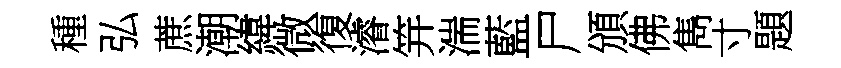
種弘蔗潮緯微復濬笄湍藍尸頒佛雋寸題